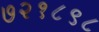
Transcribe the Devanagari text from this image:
७२१८९८